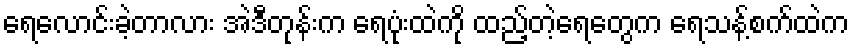
ရေလောင်းခဲ့တာလား အဲဒီတုန်းက ရေပုံးထဲကို ထည့်တဲ့ရေတွေက ရေသန့်စက်ထဲက